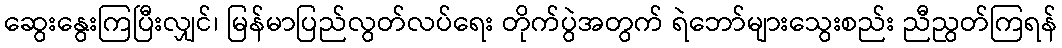
ဆွေးနွေးကြပြီးလျှင်၊ မြန်မာပြည်လွတ်လပ်ရေး တိုက်ပွဲအတွက် ရဲဘော်များသွေးစည်း ညီညွတ်ကြရန်